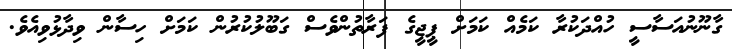
ގާނޫނުއަސާސީ ހުއްދަކުރާ ކަމެއް ކަމަށް ޕީޖީގެ ފަރާތުންވެސް ގަބޫލުކުރުން ކަމަށް ހިސާން ވިދާޅުވިއެވެ.